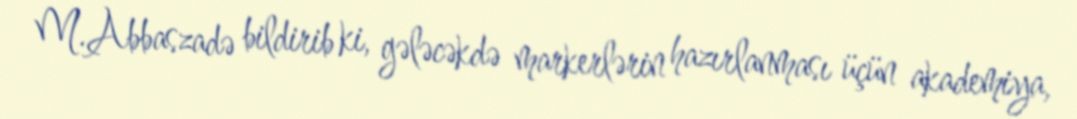
M.Abbaszadə bildirib ki, gələcəkdə markerlərin hazırlanması üçün akademiya,